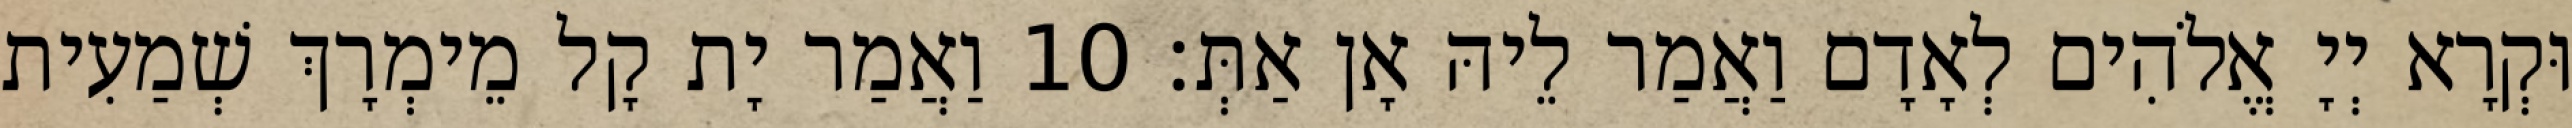
וּקְרָא יְיָ אֱלֹהִים לְאָדָם וַאֲמַר לֵיהּ אָן אַתְּ׃ 10 וַאֲמַר יָת קָל מֵימְרָךְ שְׁמַעִית